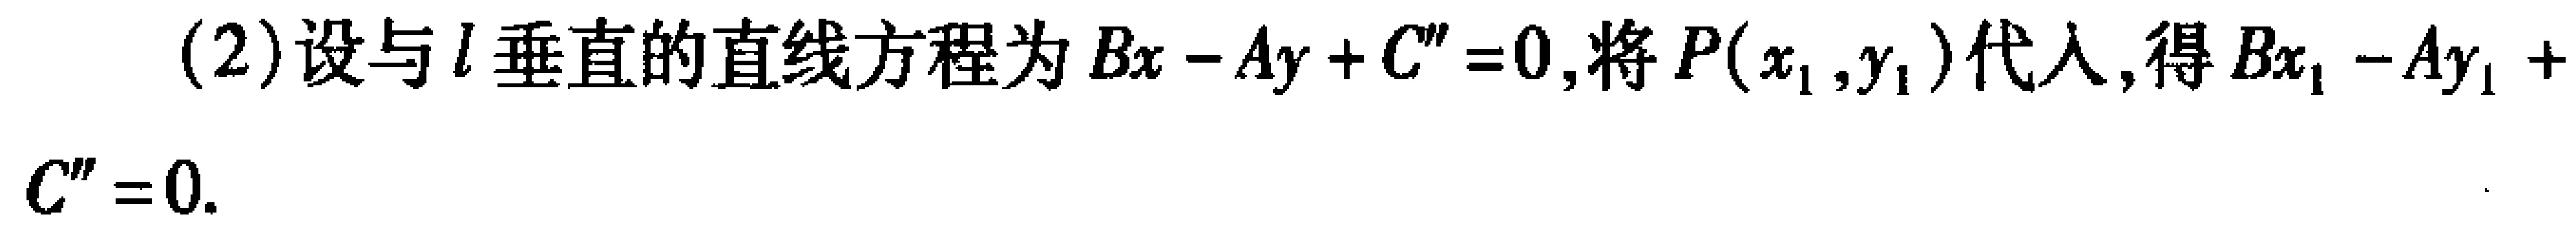
(2)设与\(l\)垂直的直线方程为\(Bx - Ay + C'' = 0\),将\(P(x_1,y_1)\)代入,得\(Bx_1 - Ay_1 + C'' = 0\).
\(C'' = 0\).